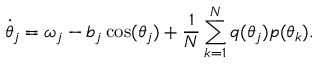
\dot { \theta } _ { j } = \omega _ { j } - b _ { j } \cos ( \theta _ { j } ) + \frac { 1 } { N } \sum _ { k = 1 } ^ { N } q ( \theta _ { j } ) p ( \theta _ { k } ) .